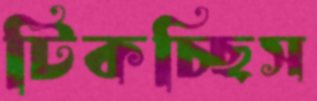
টিকচ্ছিস